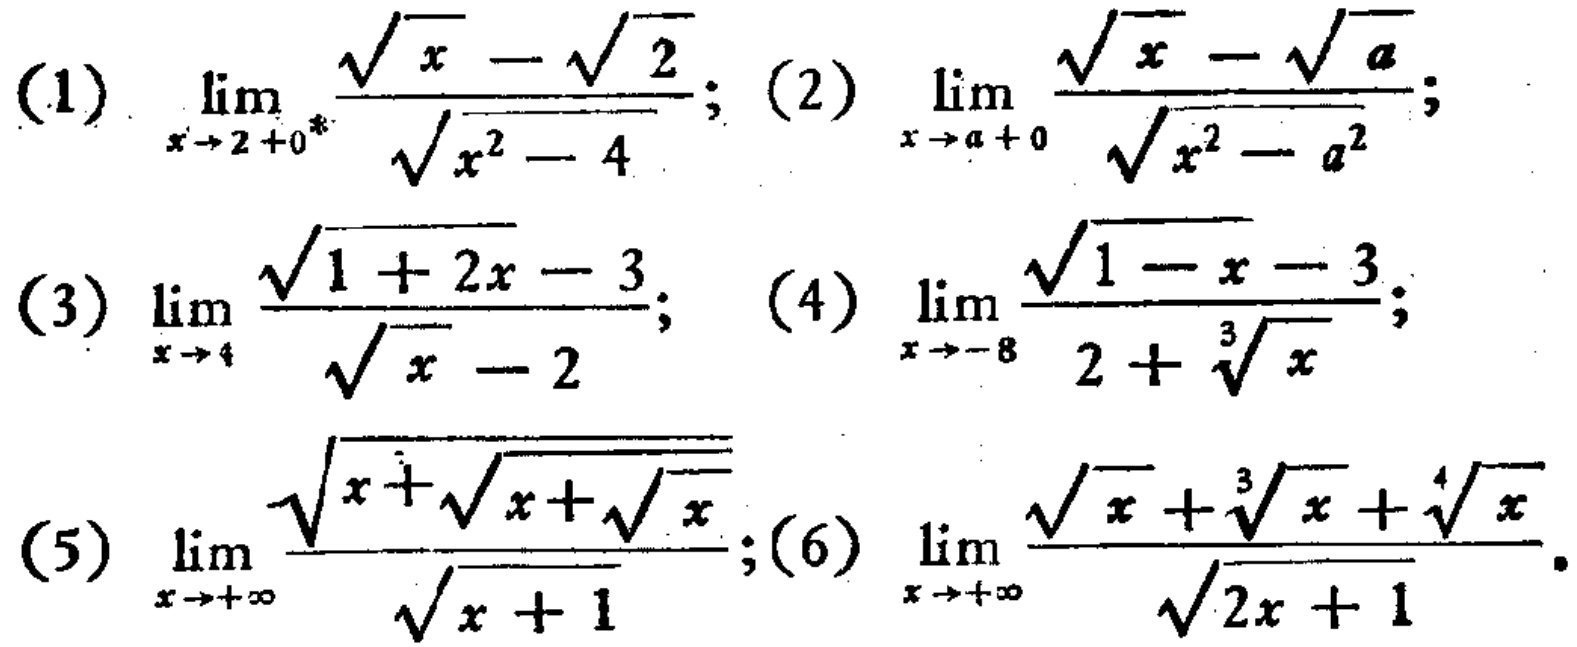
(1) \(\lim_{x\rightarrow 2 + 0^{*}}\frac{\sqrt{x}-\sqrt{2}}{\sqrt{x^{2}-4}}\); (2) \(\lim_{x\rightarrow a + 0}\frac{\sqrt{x}-\sqrt{a}}{\sqrt{x^{2}-a^{2}}}\);
(3) \(\lim_{x\rightarrow 4}\frac{\sqrt{1 + 2x}-3}{\sqrt{x}-2}\); (4) \(\lim_{x\rightarrow - 8}\frac{\sqrt{1 - x}-3}{2+\sqrt[3]{x}}\);
(5) \(\lim_{x\rightarrow+\infty}\frac{\sqrt{x+\sqrt{x+\sqrt{x}}}}{\sqrt{x + 1}}\);(6) \(\lim_{x\rightarrow+\infty}\frac{\sqrt{x}+\sqrt[3]{x}+\sqrt[4]{x}}{\sqrt{2x + 1}}\)